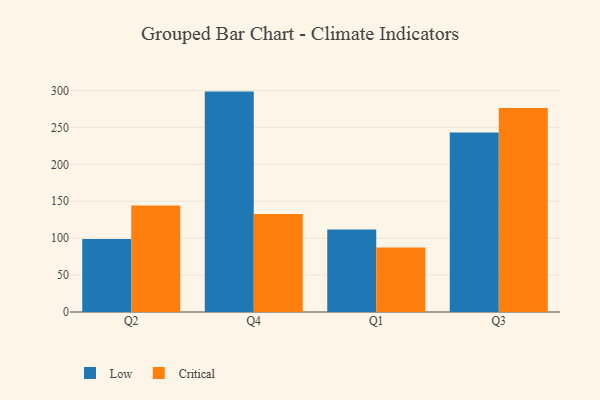
{"axis": {"x": "Quarter", "y": "Humidity (%)"}, "legend": ["Critical", "Low"], "data": [{"x": "Q2", "y": 98.9, "type": "Low"}, {"x": "Q2", "y": 144.3, "type": "Critical"}, {"x": "Q4", "y": 298.5, "type": "Low"}, {"x": "Q4", "y": 132.6, "type": "Critical"}, {"x": "Q1", "y": 111.8, "type": "Low"}, {"x": "Q1", "y": 87.3, "type": "Critical"}, {"x": "Q3", "y": 243.2, "type": "Low"}, {"x": "Q3", "y": 276.4, "type": "Critical"}]}